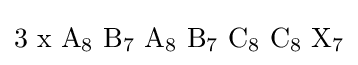
\mathrm {3\,\,x\,\,A_{8}\,\,B_{7}\,\,A_{8}\,\,B_{7}\,\,C_{8}\,\,C_{8}\,\,X_{7}}